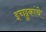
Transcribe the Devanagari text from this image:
इच्छुकांचे